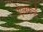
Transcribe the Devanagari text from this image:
ऐलफर्ड